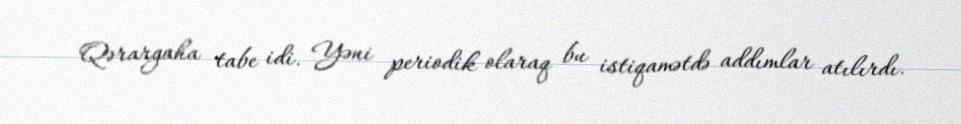
Qərargaha tabe idi. Yəni periodik olaraq bu istiqamətdə addımlar atılırdı.